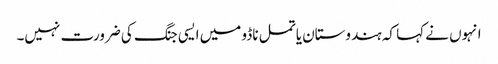
انہوں نے کہا کہ ہندوستان یا تمل ناڈو میں ایسی جنگ کی ضرورت نہیں۔